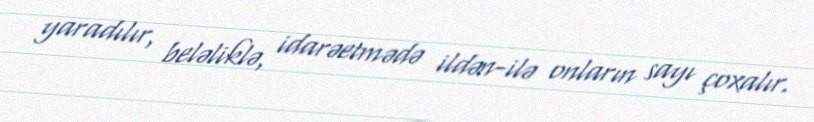
yaradılır, beləliklə, idarəetmədə ildən-ilə onların sayı çoxalır.